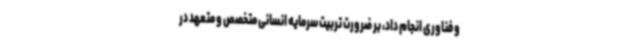
و فناوری انجام داد، بر ضرورت تربیت سرمایه انسانی متخصص و متعهد در